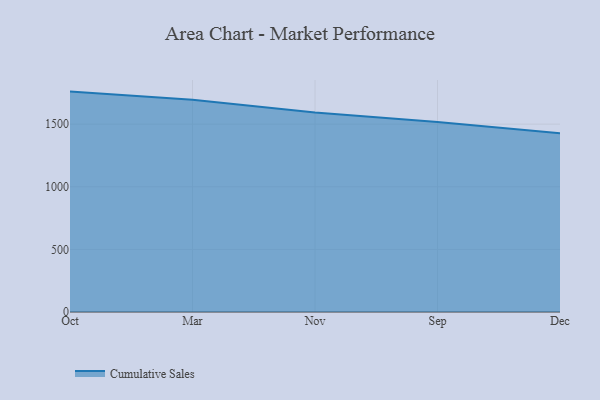
{"axis": {"x": "Month", "y": "Inventory Turnover"}, "legend": ["Cumulative Sales"], "data": [{"x": "Oct", "y": 1760.0, "type": "Cumulative Sales"}, {"x": "Mar", "y": 1694.6, "type": "Cumulative Sales"}, {"x": "Nov", "y": 1592.9, "type": "Cumulative Sales"}, {"x": "Sep", "y": 1518.1, "type": "Cumulative Sales"}, {"x": "Dec", "y": 1427.6, "type": "Cumulative Sales"}]}